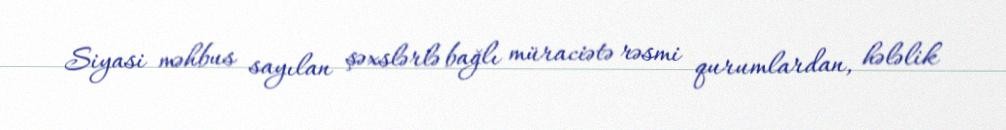
Siyasi məhbus sayılan şəxslərlə bağlı müraciətə rəsmi qurumlardan, hələlik